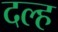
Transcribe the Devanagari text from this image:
दल्ह